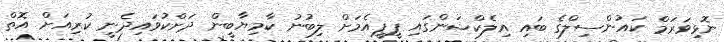
ނޮޅިވަރަމް ކައުންސިލްގެ ބައި އިލެކްޝަންގައި ޕީޕީއެމަށް ލިބުނު ކާމިޔާބީން ދަށްކުވައިދެނީ ކުރިއަށް އޮތް